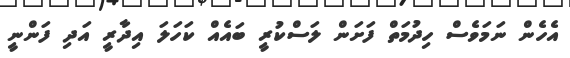
އެހެން ނަމަވެސް ހިދުމަތް ފަށަން ލަސްކުރީ ބައެއް ކަހަލަ އިދާރީ އަދި ފަންނީ